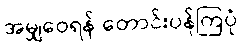
အမျှဝေရန် တောင်းပန်ကြပုံ